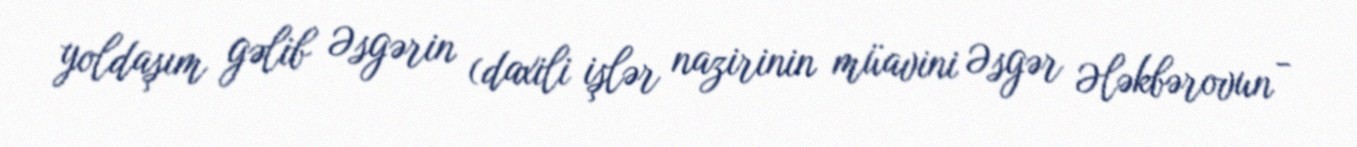
yoldaşım gəlib Əsgərin (daxili işlər nazirinin müavini Əsgər Ələkbərovun -